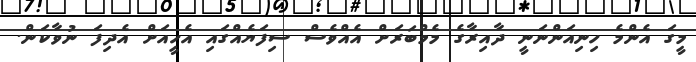
މީގަ އެންމެ ހިނިއަންނަނީ ދާއިރާގެ މެމްބަރަށް އެއްވެސް ސިފަޔެއްގައި އެހީއަށް އެދިފަ ނުވާކަން.